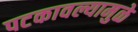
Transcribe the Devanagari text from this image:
पटकावल्यामुळे